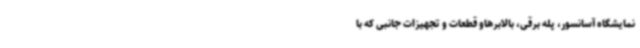
نمایشگاه آسانسور، پله برقی، بالابرهاو قطعات و تجهیزات جانبی که با